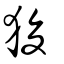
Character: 狻